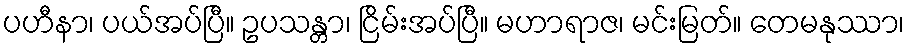
ပဟီနာ၊ ပယ်အပ်ပြီ။ ဥပသန္တာ၊ ငြိမ်းအပ်ပြီ။ မဟာရာဇ၊ မင်းမြတ်။ တေမနုဿာ၊